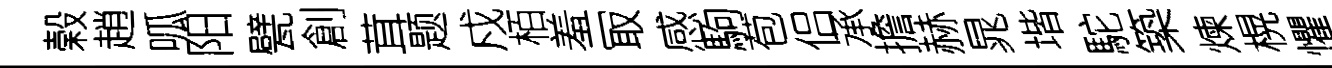
榖趙呱阳甓創茸题戍栢羞冣感駒苞侣承擔赫晁堦駝築煉榥懼